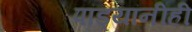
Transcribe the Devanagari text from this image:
पांड्यांनीही